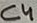
Text: C4